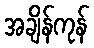
အချိန်ကုန်